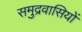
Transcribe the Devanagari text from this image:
समुद्रवासियों